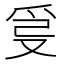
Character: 𤔂